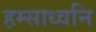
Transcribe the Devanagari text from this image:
हम्साध्वनि